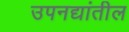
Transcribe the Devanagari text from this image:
उपनद्यांतील